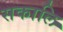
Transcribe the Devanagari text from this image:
सकालि